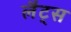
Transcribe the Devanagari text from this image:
लैट्स